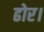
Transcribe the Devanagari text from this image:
ढोर।